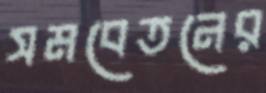
সমবেতনের